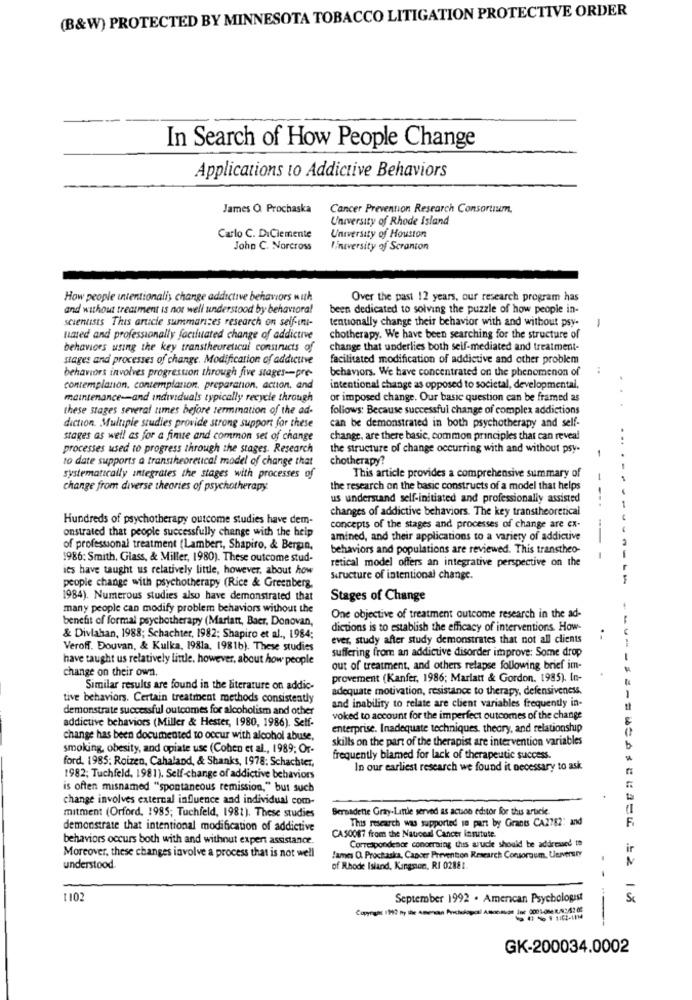
(B&W) PROTECTED BY MINNESOTA TOBACCO LITIGATION PROTECTIVE ORDER
In Search of How People Change
Applications to Addictive Behaviors
James O Prochaska
Cancer Prevention Research Consortium.
University of Rhode Island
Carlo C. DiClemente
University of Houston
John C. Norcross
Uneversity of Scranton
How people intentionalis change addictive behaviors with
Over the past 12 years, our research program has
and without treatment is not well understood by behavioral
been dedicated to solving the puzzle of how people in-
scientists This article summarizes research on self-ini-
tentionally change their behavior with and without psy-
1
uated and professionally faciluated change of addictive
chotherapy. We have been searching for the structure of
behaviors using the key transtheoretical constructs of
change that underlies both seif-mediated and treatment.
stages and processes of change. Modification of addictive
facilitated modification of addictive and other problem
behaviors. We have concentrated on the phenomenon of
..
behaviors involves progression through five stages-pre-
contemplanon. contemplation, preparation, action, and
intentional change as opposed to societal, developmental,
..
maintenance-and individuals typically recycle through
or imposed change. Our basic question can be framed as
these stages several times before termmation of the ad-
follows: Because successful change of complex addictions
can be demonstrated in both psychotherapy and self-
diction. Multiple studies provide strong support for these
stages as well as for a fine and common set of change
change, are there basic, common principles that can reveal
processes used to progress through the stages. Research
the structure of change occurring with and without psy-
to date supports a transtheoretical model of change that
chotherapy?
systematically integrates the stages with processes of
This article provides a comprehensive summary of
change from diverse theories of psychotherapy
the research on the basic constructs of a model that helps
us understand self-initiated and professionally assisted
- --.
changes of addictive behaviors. The key transtheoretical
Hundreds of psychotherapy outcome studies have dem-
onstrated that people successfully change with the help
concepts of the stages and processes of change are ex-
amined, and their applications to a variety of addictive
of professional treatment (Lambert, Shapiro, & Bergin,
behaviors and populations are reviewed. This transtheo-
1986: Smith, Glass, & Miller, 1980). These outcome stud-
retical model offers an integrative perspective on the
-
ies have taught us relatively little, however, about how
people change with psychotherapy (Rice & Greenberg,
structure of intentional change.
1984). Numerous studies also have demonstrated that
Stages of Change
many people can modify problem behaviors without the
benefit of formal psychotherapy (Marlant, Baer, Donovan,
One objective of treatment outcome research in the ad-
dictions is to establish the efficacy of interventions. How-
& Divlahan, 1988; Schachter, 1982; Shapiro et al ., 1984;
ever, study after study demonstrates that not all clients
Veroff. Douvan, & Kulka, 1981a, 1981b). These studies
suffering from an addictive disorder improve: Some drop
have taught us relatively little. however, about how people
change on their own.
out of treatment, and others relapse following brief im-
provement (Kanfer, 1986; Mariatt & Gordon, 1985). In-
Similar results are found in the literature on addic-
adequate motivation, resistance to therapy, defensiveness,
tive behaviors. Certain treatment methods consistently
and inability to relate are client variables frequently in-
demonstrate successful outcomes for alcoholism and other
addictive behaviors (Miller & Hester, 1980, 1986). Self-
voked to account for the imperfect outcomes of the change
enterprise. Inadequate techniques, theory, and relationship
change has been documented to occur with alcohol abuse,
skills on the part of the therapist are intervention variables
smoking, obesity, and opiate use (Cohen et al ., 1989; Or-
ford. 1985: Roizen, Cahaland, & Shanks, 1978; Schachter,
frequently blamed for lack of therapeutic success.
In our earliest research we found it necessary to ask
1982; Tuchfeld, 1981). Self-change of addictive behaviors
is often misnamed "spontaneous remission," but such
change involves external influence and individual com-
Bernadette Gray-Little served as action editor for this article.
mitment (Orford, 1985; Tuchfeld, 1981). These studies
This research was supported in part by Grants CA2782: and
demonstrate that intentional modification of addictive
behaviors occurs both with and without expert assistance.
CA50087 from the National Cancer insutute.
Correspondence concerning this aruce should be addressed to
ir
Moreover, these changes involve a process that is not well
James O. Prochaska, Cancer Prevention Research Consortium, University
understood.
of Rhode Island, Kangnon, RI 02881.
2011
September 1992 . American Psychologist
GK-200034.0002